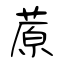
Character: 蒝